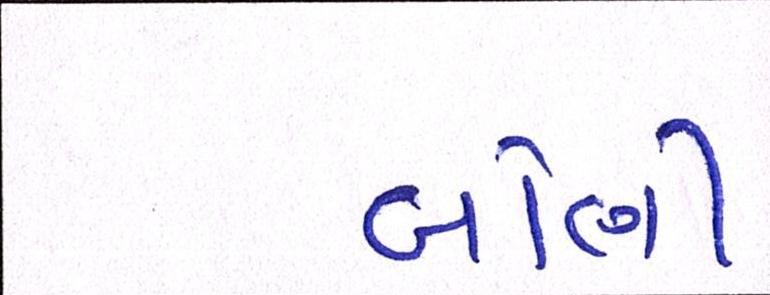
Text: બોણી